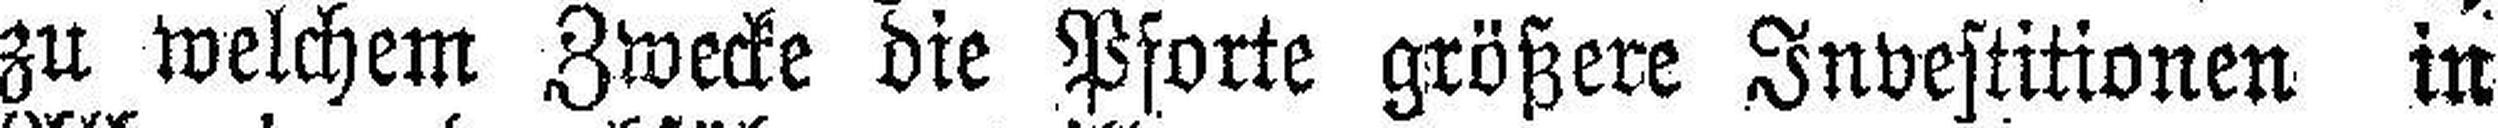
zu welchem Zwecke die Pforte größere Investitionen in